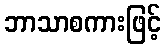
ဘာသာစကားဖြင့်